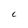
Character: C